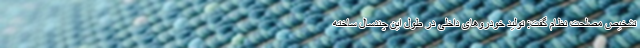
تشخیص مصلحت نظام گفت: تولید خودروهای داخلی در طول این چندسال ساخته